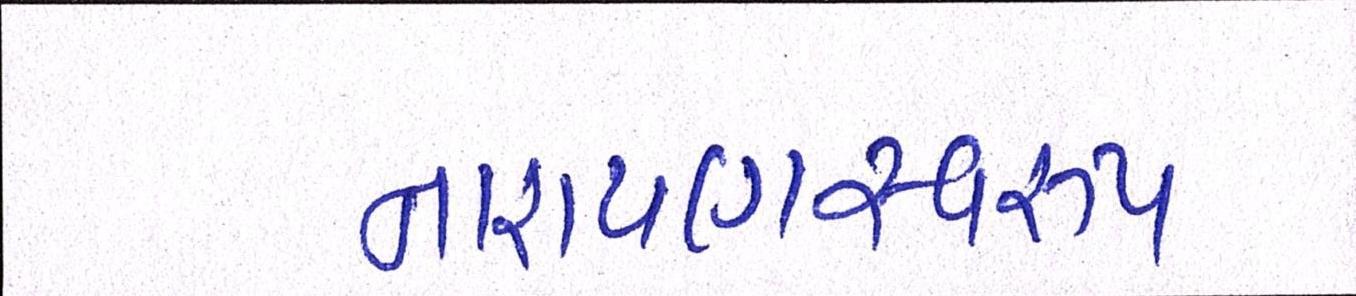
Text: નારાયણસ્વરૂપ